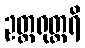
ဥတ္တရုတ္တရိ